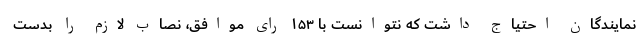
نمایندگان احتیاج داشت که نتوانست با ۱۵۳ رای موافق، نصاب لازم را بدست